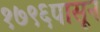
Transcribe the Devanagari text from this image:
१७९६पासून